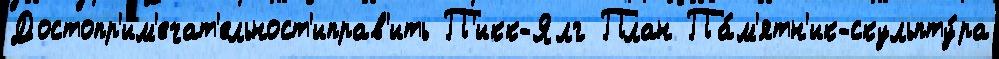
Достопр'им'ечат'ельност'иправ'ить П'икк-Ялг План Па́м'ятн'ик-скульпту́ра